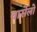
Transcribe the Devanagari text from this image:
बार्सेलो